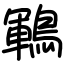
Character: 鶤